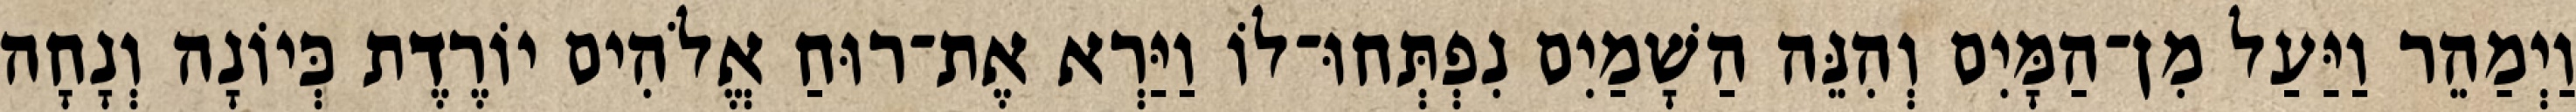
וַיְמַהֵר וַיַּעַל מִן־הַמָּיִם וְהִנֵּה הַשָׁמַיִם נִפְתְּחוּ־לוֹ וַיַּרְא אֶת־רוּחַ אֱלֹהִים יוֹרֶדֶת כְּיוֹנָה וְנָחָה